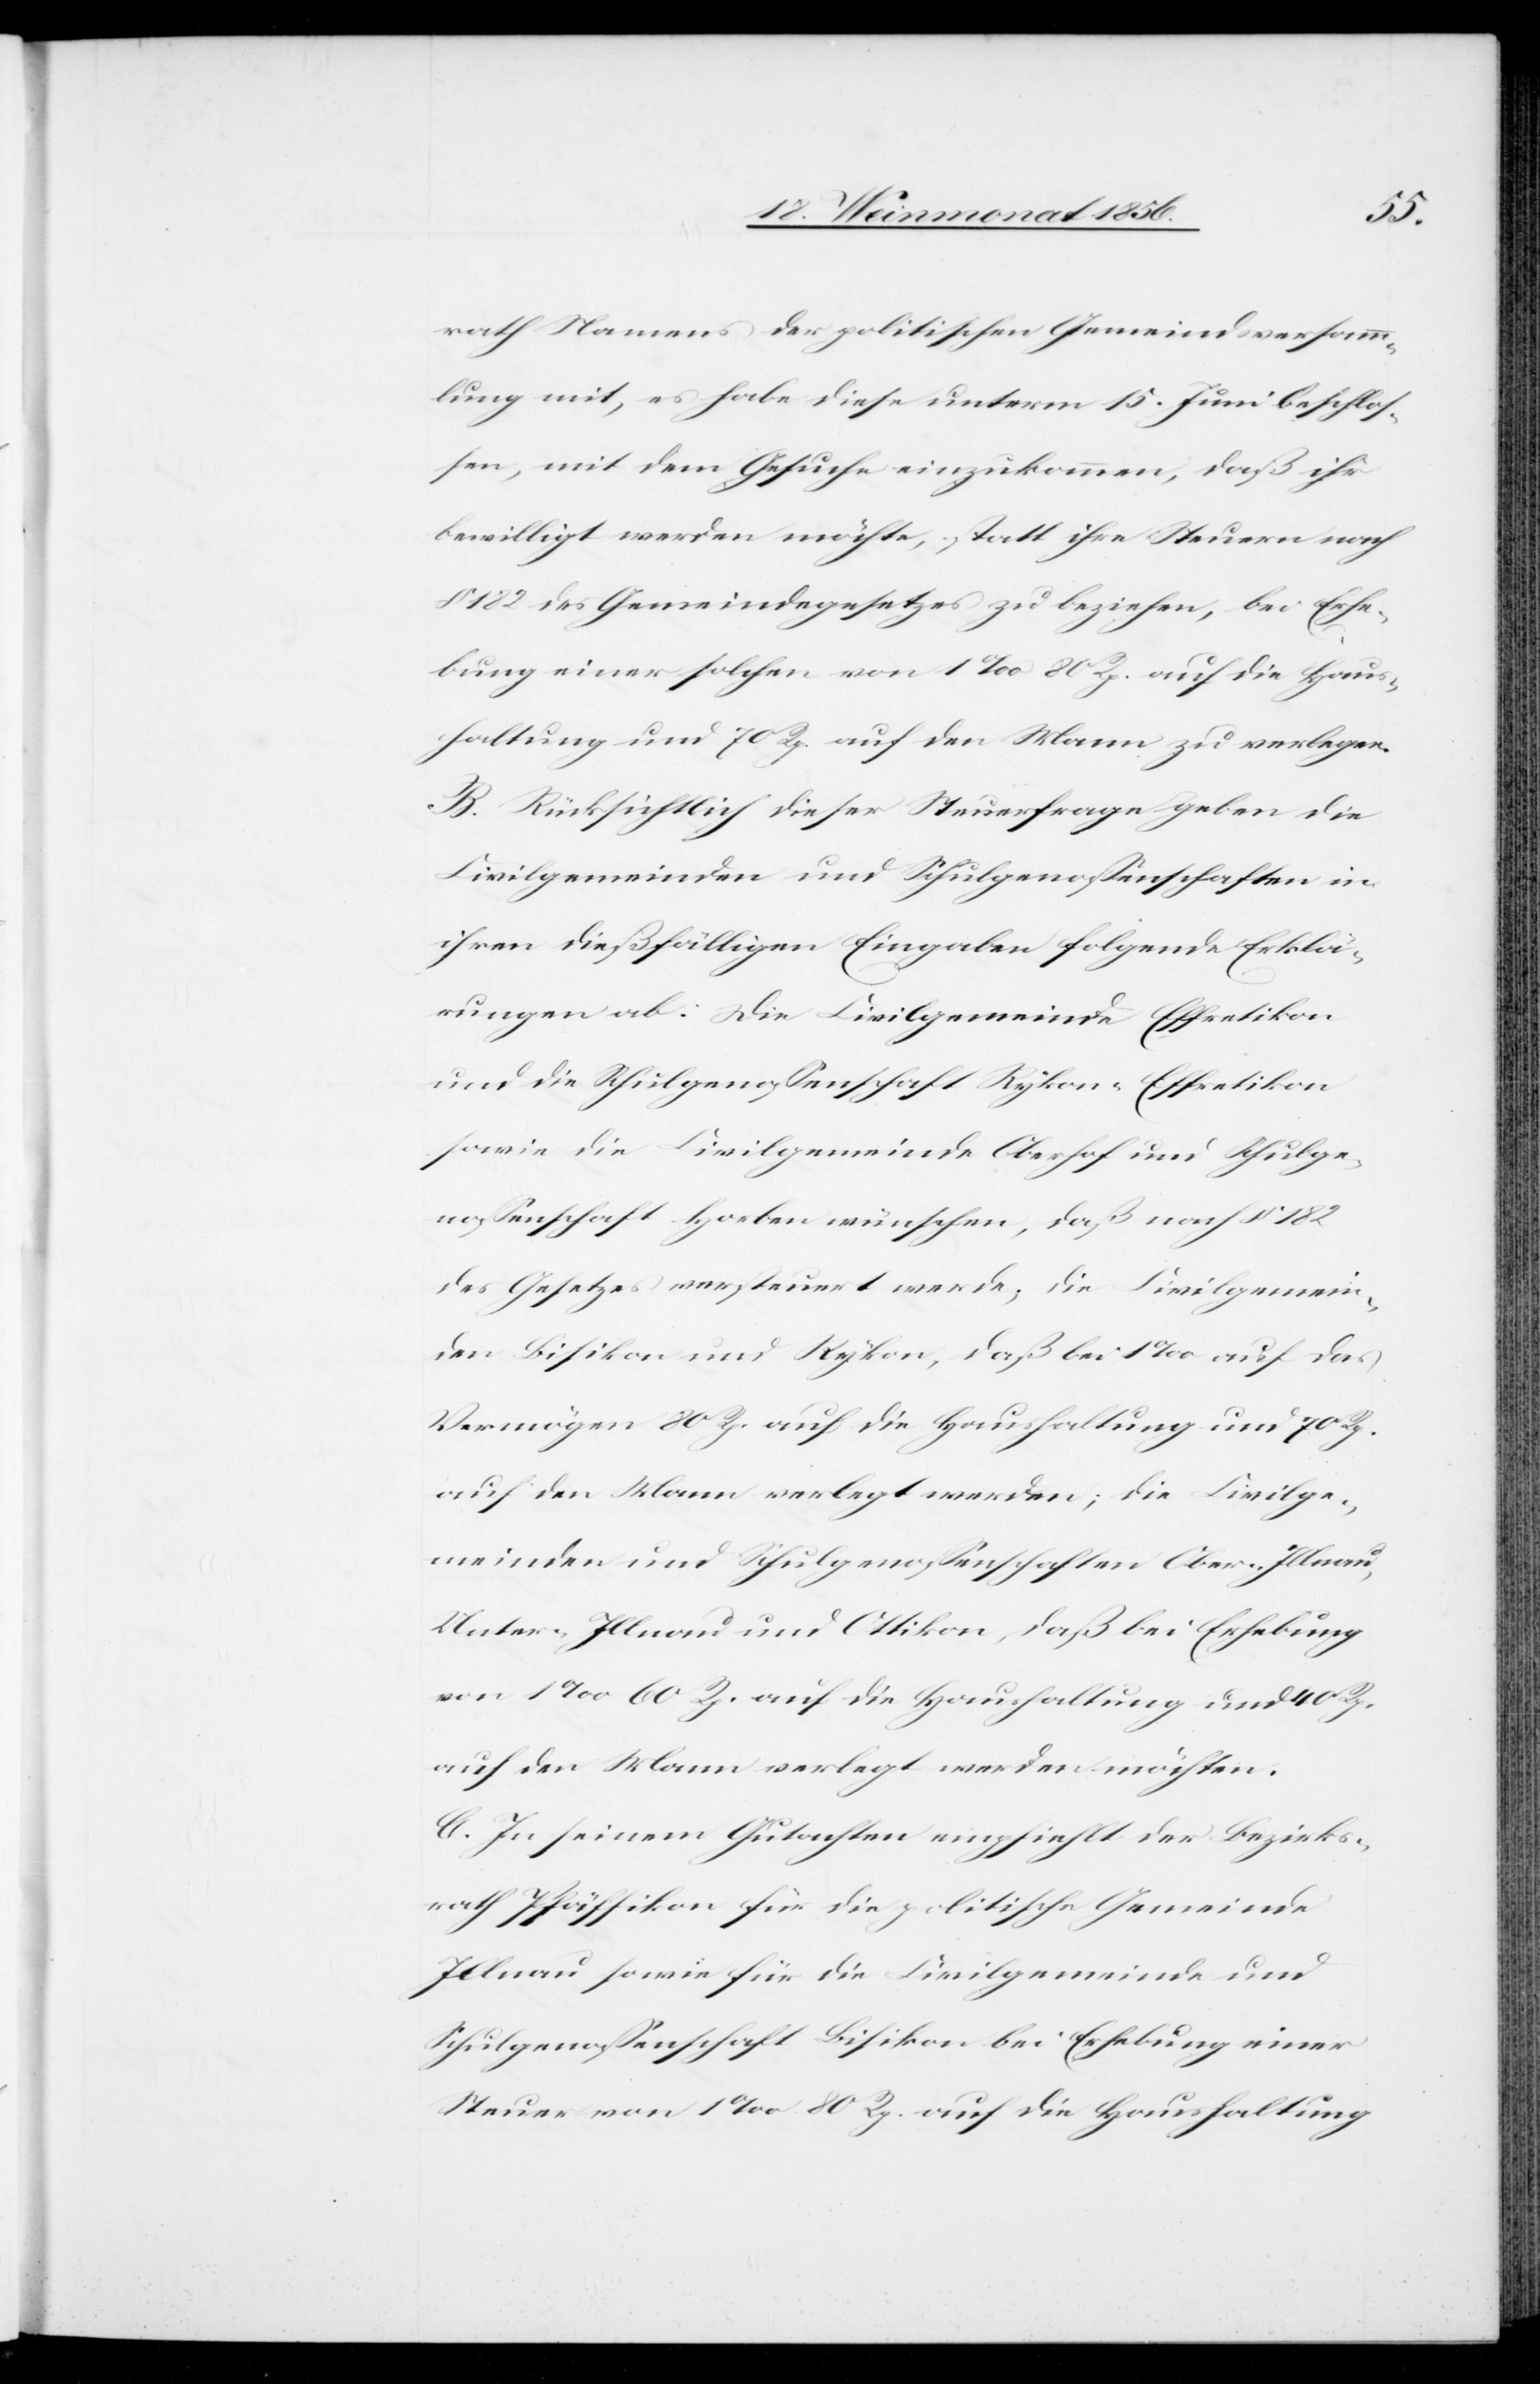
rath Namens der politischen Gemeindsversamm¬
lung mit, es habe diese unterm 15. Juni beschlos¬
sen, mit dem Gesuche einzukommen, daß ihr
bewilligt werden möchte, statt ihre Steuern nach
182 des Gemeindegesetzes zu beziehen, bei Erhe¬
bung einer solchen von 1‰ 80 Rp. auf die Haus¬
haltung und 70 Rp. auf den Mann zu verlegen.
B. Rücksichtlich dieser Steuerfrage geben die
Civilgemeinden und Schulgenossenschaften in
ihren dießfälligen Eingaben folgende Erklä¬
rungen ab: Die Civilgemeinde Effretikon
und die Schulgenossenschaft Rykon-Effretikon
sowie die Civilgemeinde Oberhof und Schulge¬
nossenschaft Horben wünschen, daß nach § 182
des Gesetzes versteuert werde; die Civilgemein¬
den Bisikon und Rykon, daß bei 1‰ auf das
Vermögen 80 Rp. auf die Haushaltung und 70 Rp.
auf den Mann verlegt werden; die Civilge¬
meinden und Schulgenossenschaften Ober-Illnau,
Unter-Illnau und Ottikon, daß bei Erhebung
von 1‰ 60 Rp. auf die Haushaltung und 40 Rp.
auf den Mann verlegt werden möchten.
C. In seinem Gutachten empfiehlt der Bezirks¬
rath Pfäffikon für die politische Gemeinde
Illnau sowie für die Civilgemeinde und
Schulgenossenschaft Bisikon bei Erhebung einer
Steuer von 1‰ 80 Rp. auf die Haushaltung